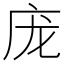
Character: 庞